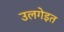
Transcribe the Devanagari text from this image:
उलगेइत